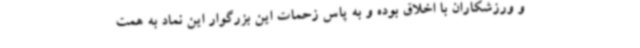
و ورزشکاران با اخلاق بوده و به پاس زحمات این بزرگوار این نماد به همت